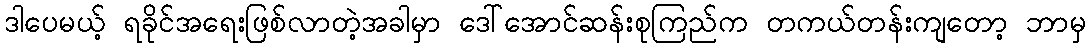
ဒါပေမယ့် ရခိုင်အရေးဖြစ်လာတဲ့အခါမှာ ဒေါ်အောင်ဆန်းစုကြည်က တကယ်တန်းကျတော့ ဘာမှ